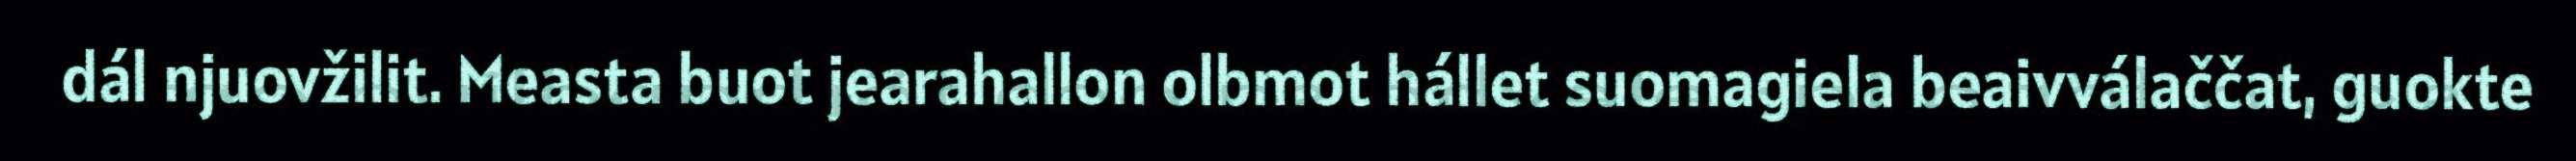
dál njuovžilit. Measta buot jearahallon olbmot hállet suomagiela beaivválaččat, guokte